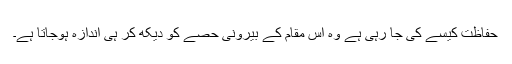
حفاظت کیسے کی جا رہی ہے وہ اس مقام کے بیرونی حصے کو دیکھ کر ہی اندازہ ہوجاتا ہے۔